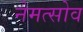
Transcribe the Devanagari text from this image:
नेमत्सोव